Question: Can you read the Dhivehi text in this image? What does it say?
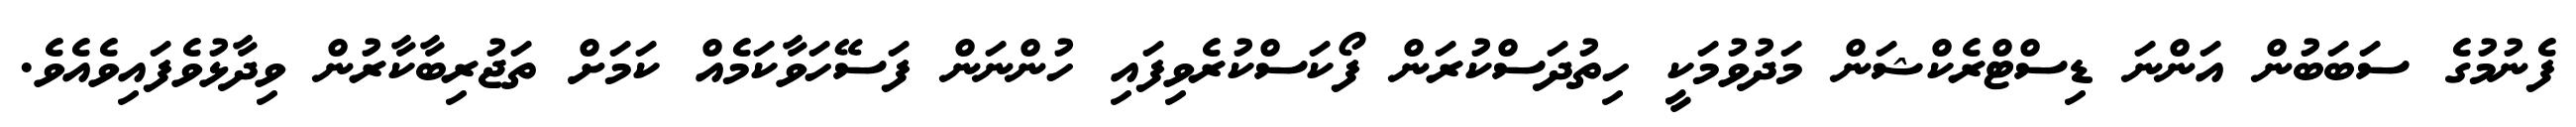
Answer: ފެނުމުގެ ސަބަބުން އަންނަ ޑިސްޓްރެކްޝަން މަދުވުމަކީ ހިތުދަސްކުރަން ފޯކަސްކުރެވިފައި ހުންނަން ފަސޭހަވާކަމެއް ކަމަށް ތަޖުރިބާކާރުން ވިދާޅުވެފައިވެއެވެ.